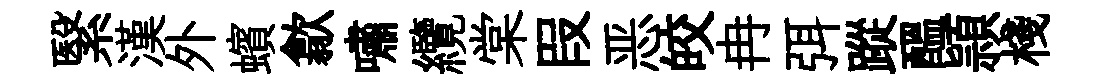
繄漢外蠙歙嘯纜棠叚恶皎冉弭蹤醖頴棧